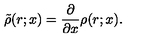
\tilde { \rho } ( r ; x ) = \frac { \partial } { \partial x } \rho ( r ; x ) .